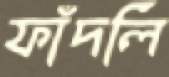
ফাঁদলি